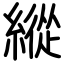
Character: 縱